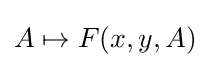
A\mapsto F(x,y,A)